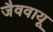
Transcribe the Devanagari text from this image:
जैववायू